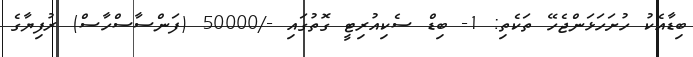
ބިޑާއެކު ހުށަހަޅަންޖެހޭ ތަކެތި: 1- ބިޑް ސެކިއުރިޓީ ގޮތުގައި -/50000 (ފަންސާސްހާސް) ރުފިޔާގެ